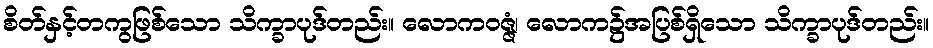
စိတ်နှင့်တကွဖြစ်သော သိက္ခာပုဒ်တည်း။ လောကဝဇ္ဇံ၊ လောက၌အပြစ်ရှိသော သိက္ခာပုဒ်တည်း။